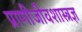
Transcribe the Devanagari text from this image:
प्राणीजीवशास्त्रज्ञ